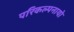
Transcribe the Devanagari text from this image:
परिकल्पनायो